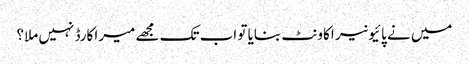
میں نے پائیونیر اکاونٹ بنایا تو اب تک مجھے میرا کارڈ نہیں ملا؟